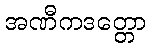
အဏီကဒတ္တော